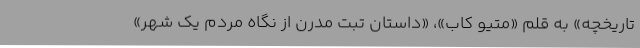
تاریخچه» به قلم «متیو کاب»، «داستان تبت مدرن از نگاه مردم یک شهر»